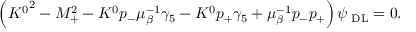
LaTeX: \left( { K ^ { 0 } } ^ { 2 } - M _ { + } ^ { 2 } - K ^ { 0 } p _ { - } \mu _ { \beta } ^ { - 1 } \gamma _ { 5 } - K ^ { 0 } p _ { + } \gamma _ { 5 } + \mu _ { \beta } ^ { - 1 } p _ { - } p _ { + } \right) \psi _ { { \mathrm { \tiny ~ D L } } } = 0 .